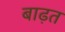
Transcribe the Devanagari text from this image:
बाढ़त